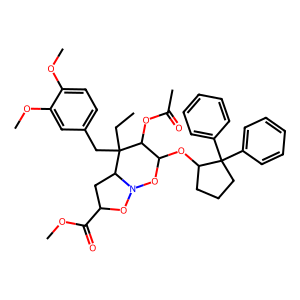
SMILES: CCC1(Cc2ccc(OC)c(OC)c2)C(OC(C)=O)C(OC2CCCC2(c2ccccc2)c2ccccc2)ON2OC(C(=O)OC)CC21
Inhibits HIV replication: No